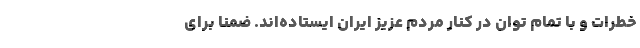
خطرات و با تمام توان در کنار مردم عزیز ایران ایستاده‌اند. ضمنا برای